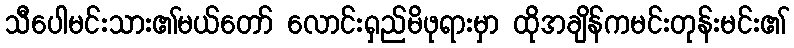
သီပေါမင်းသား၏မယ်တော် လောင်းရှည်မိဖုရားမှာ ထိုအချိန်ကမင်းတုန်းမင်း၏